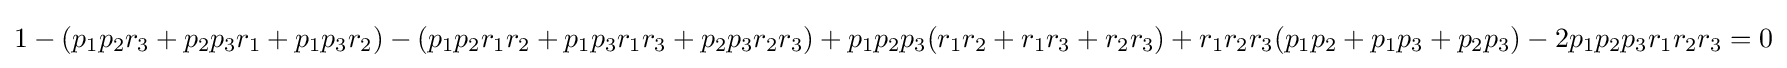
1-(p_{1}p_{2}r_{3}+p_{2}p_{3}r_{1}+p_{1}p_{3}r_{2})-(p_{1}p_{2}r_{1}r_{2}+p_{1}p_{3}r_{1}r_{3}+p_{2}p_{3}r_{2}r_{3})+p_{1}p_{2}p_{3}(r_{1}r_{2}+r_{1}r_{3}+r_{2}r_{3})+r_{1}r_{2}r_{3}(p_{1}p_{2}+p_{1}p_{3}+p_{2}p_{3})-2p_{1}p_{2}p_{3}r_{1}r_{2}r_{3}=0